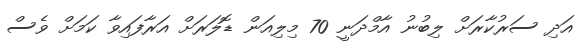
އަދި ސަރުކާރަށް ލިބުނު އާމްދަނީ 70 މިލިއަން ޑޮލަރަށް އަރާފައިވާ ކަމަށް ވެސް